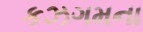
કઝગમના